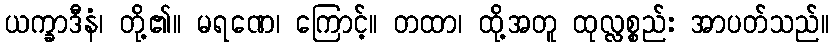
ယက္ခာဒီနံ၊ တို့၏။ မရဏေ၊ ကြောင့်။ တထာ၊ ထို့အတူ ထုလ္လစ္စည်း အာပတ်သည်။